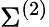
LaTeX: \Sigma^{(2)}